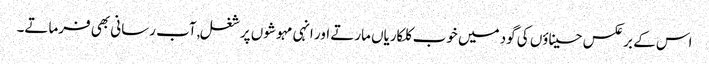
اس کے برعکس حسیناؤں کی گود میں خوب کلکاریاں مارتے اور انہی مہوشوں پر شغل,آب رسانی بھی فرماتے۔